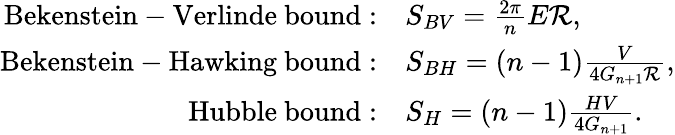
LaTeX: \begin{array}{rl}{{\mathrm{Bekenstein-Verlinde~bound}:}}&{{S_{BV}=\frac{2\pi}{n}E{\cal R},}}\\ {{\mathrm{Bekenstein-Hawking~bound}:}}&{{S_{BH}=(n-1)\frac{V}{4G_{n+1}{\cal R}},}}\\ {{\mathrm{Hubble~bound}:}}&{{S_{H}=(n-1)\frac{HV}{4G_{n+1}}.}}\end{array}